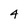
Character: 4